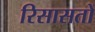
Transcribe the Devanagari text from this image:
रिसासतों